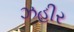
ઝહીર